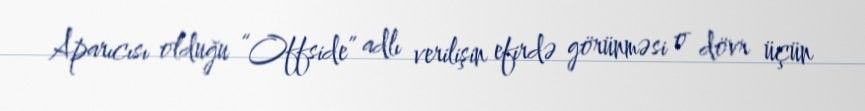
Aparıcısı olduğu “Offside” adlı verilişin efirdə görünməsi o dövr üçün